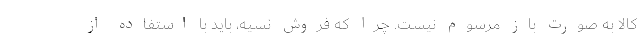
کالا به صورت باز مرسوم نیست. چرا که فروش نسیه، باید با استفاده از